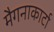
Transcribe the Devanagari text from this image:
मैगनाकार्टा